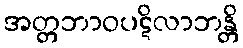
အတ္တဘာဝပဋိလာဘန္တိ